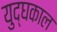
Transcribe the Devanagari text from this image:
युद्घकाल